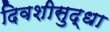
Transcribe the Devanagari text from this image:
दिवशीसुद्धा